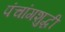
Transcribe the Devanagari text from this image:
पंचांगशुद्धी